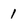
Character: 1